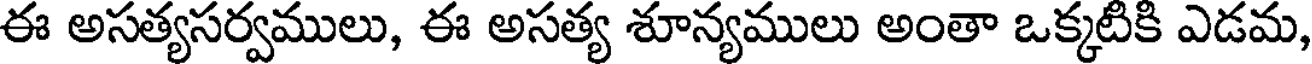
ఈ అసత్యసర్వములు, ఈ అసత్య శూన్యములు అంతా ఒక్కటికి ఎడమ,